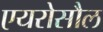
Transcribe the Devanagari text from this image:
एयरोसौल